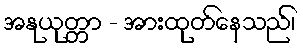
အနုယုတ္တာ - အားထုတ်နေသည်၊